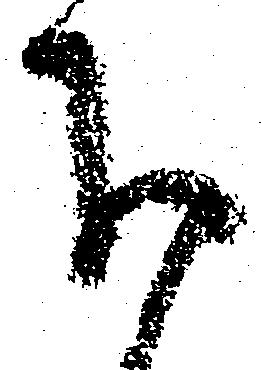
下